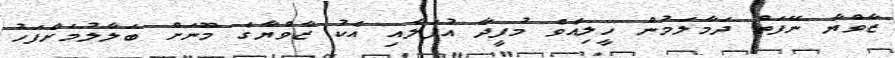
ޒާވްޔާ ނޭފަތް ދަމާލަމުން ހީލިއެވެ މުފީދާ އުފަލާއި އެކު ޒާވްޔާގެ މޫނަށް ބަލާލުމަށްފަހު